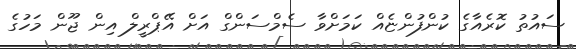
ސައުތު ކޮރެއާގެ ކުންފުންޏެއް ކަމަށްވާ ސެމްސަންގް އަށް އޭޕްރީލް އިން ޖޫން މަހުގެ